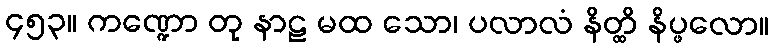
၄၅၃။ ကဏ္ဍော တု နာဠ မထ သော၊ ပလာလံ နိတ္ထိ နိပ္ဖလော။